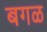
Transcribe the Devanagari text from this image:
बगळ